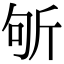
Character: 斪